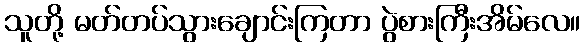
သူတို့ မတ်တပ်သွားချောင်းကြတာ ပွဲစားကြီးအိမ်လေ။